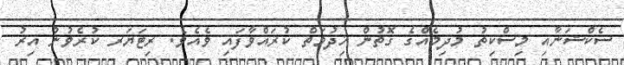
ސެކްޝަނާއި މިސްކިތު މުދިމެއްގެ ގޮތުން ޚިދުމަތް ކުރައްވާފައި ވެއެވެ. ރިޓަޔަރ ކުރެވުނު އިރު